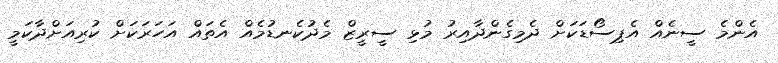
އެންމެ ސީނެއް އެޕިސޯޑަކަށް ދެމިގެންދާއިރު މުޅި ސީރީޒް މެދުކެނޑުމެއް އެތައް އަހަރަކަށް ކުރިއަށްދާކަމީ